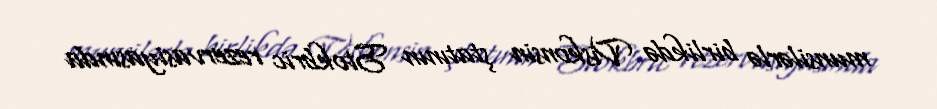
munsilərlə birlikdə Viskonsin ştatının Stokbric rezervasiyasında